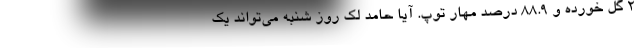
2 گل خورده و 88.9 درصد مهار توپ. آیا حامد لک روز شنبه می‌تواند یک